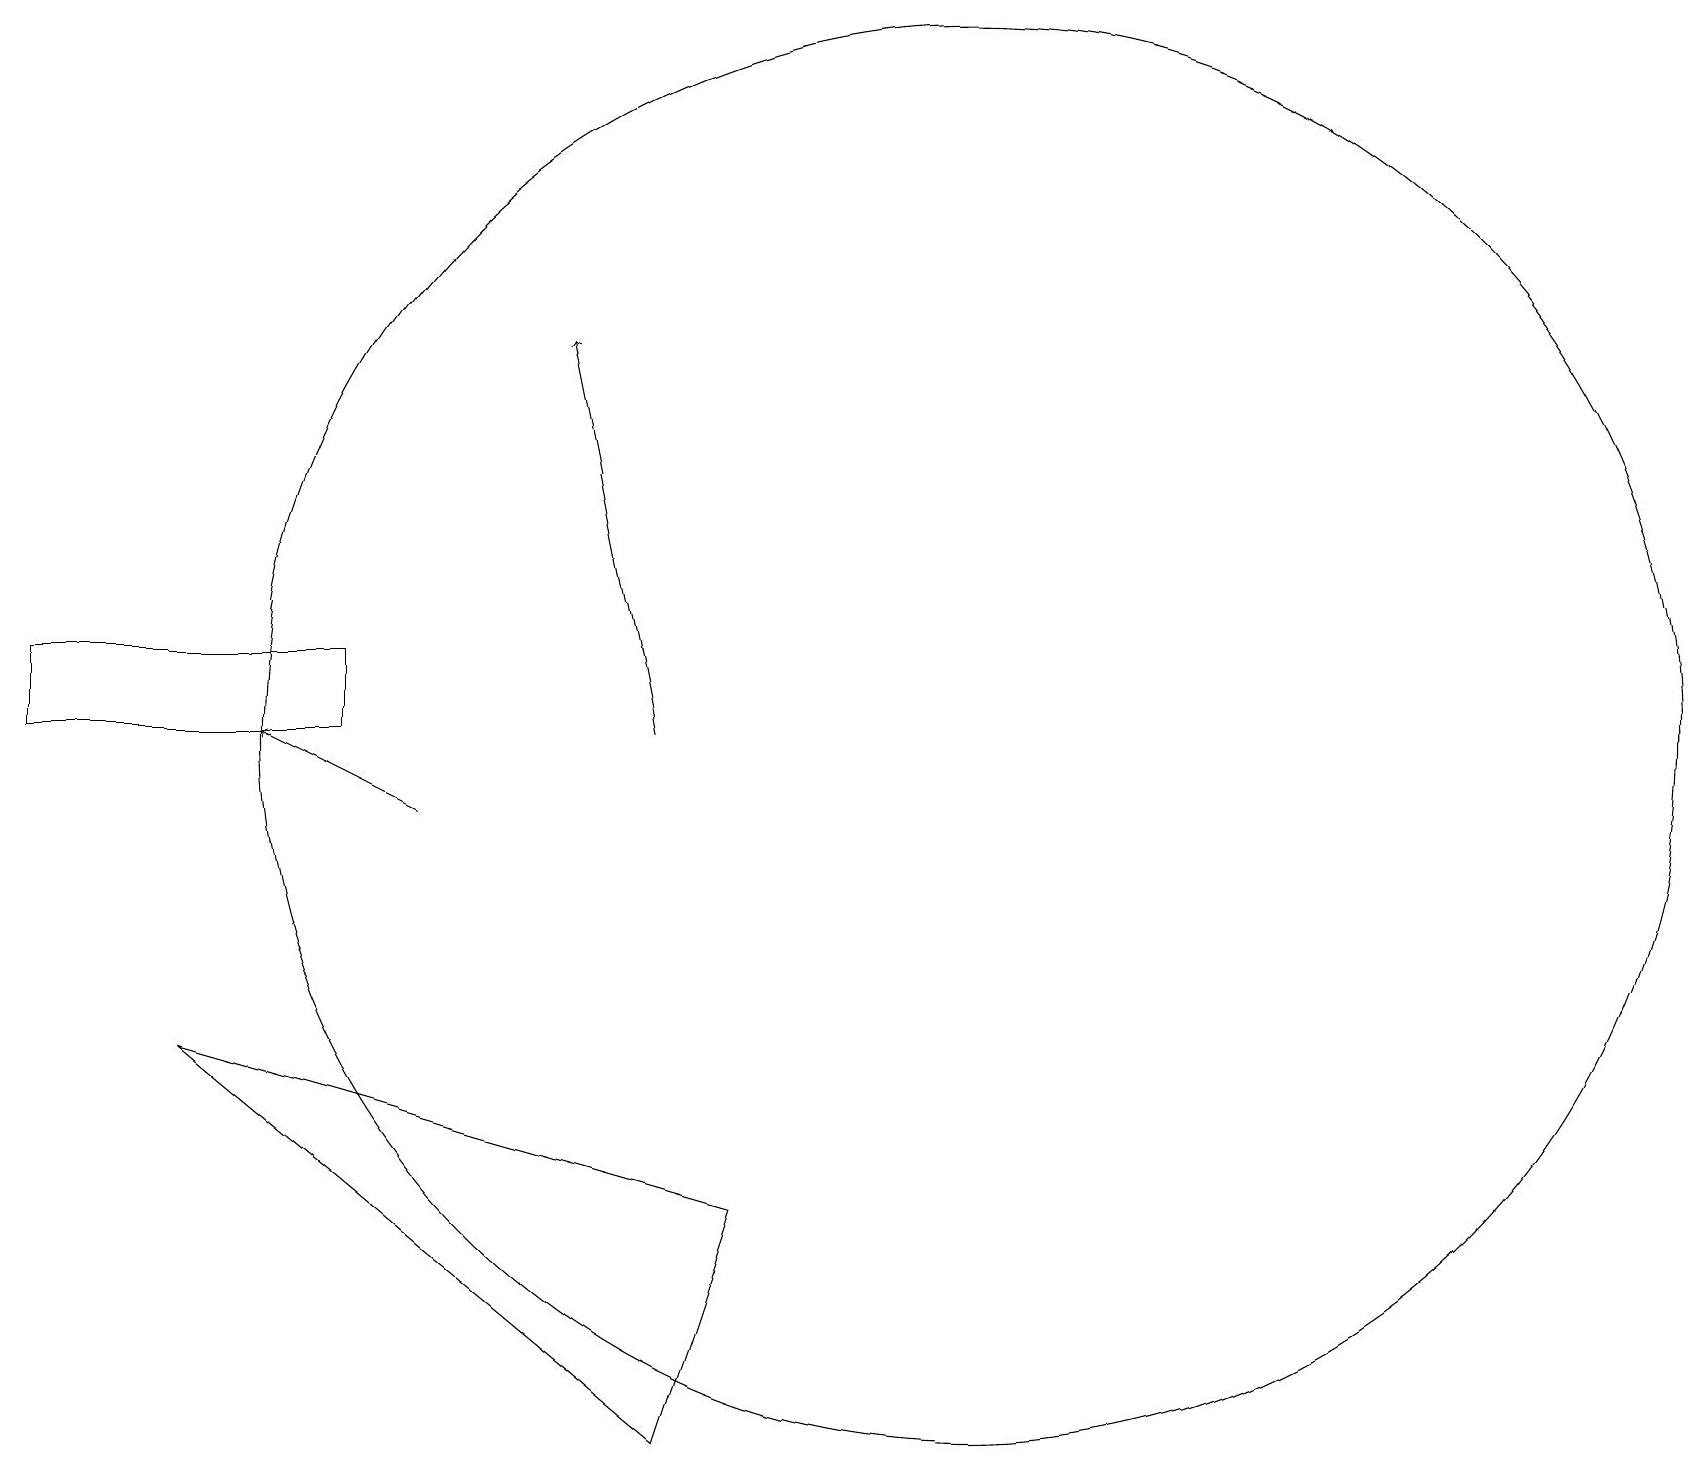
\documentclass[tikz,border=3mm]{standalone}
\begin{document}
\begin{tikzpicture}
\draw (0,12) rectangle (4,13);
\draw (12,12) circle (9);
\draw[->] (5,11) -- (3,12);
\draw[->] (8,12) -- (7,17);
\draw (8,3) -- (2,8) -- (9,6) -- cycle;
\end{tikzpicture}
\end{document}